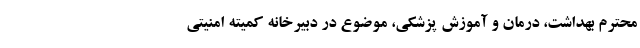
محترم بهداشت، درمان و آموزش پزشکی، موضوع در دبیرخانه کمیته امنیتی